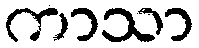
ကာသာ